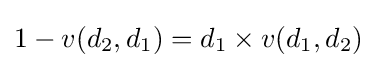
1-v(d_{2},d_{1})=d_{1}\times v(d_{1},d_{2})